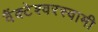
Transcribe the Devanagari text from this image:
वैंक्टेश्वरस्वामी